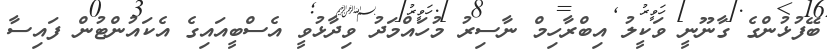
ބޭފުޅުންގެ ގާނޫނީ ވަކީލު އިބްރާހިމް ނާސިރު މުހައްމަދު ވިދާޅުވީ އެސްބީއައިގެ އެކައުންޓުން ފައިސާ